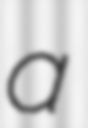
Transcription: a